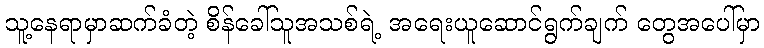
သူ့နေရာမှာဆက်ခံတဲ့ စိန်ခေါ်သူအသစ်ရဲ့ အရေးယူဆောင်ရွက်ချက် တွေအပေါ်မှာ